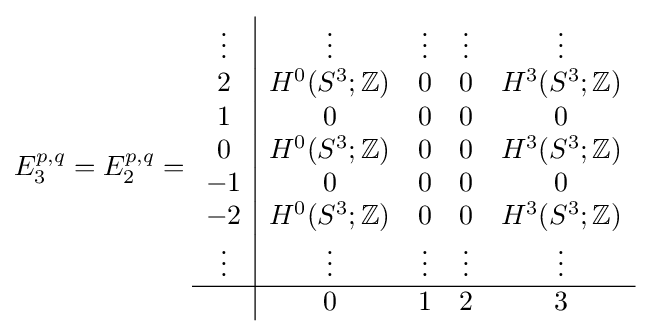
E_{3}^{p,q}=E_{2}^{p,q}={\begin{array}{c|cccc}\vdots &\vdots &\vdots &\vdots &\vdots \\2&H^{0}(S^{3};\mathbb {Z} )&0&0&H^{3}(S^{3};\mathbb {Z} )\\1&0&0&0&0\\0&H^{0}(S^{3};\mathbb {Z} )&0&0&H^{3}(S^{3};\mathbb {Z} )\\-1&0&0&0&0\\-2&H^{0}(S^{3};\mathbb {Z} )&0&0&H^{3}(S^{3};\mathbb {Z} )\\\vdots &\vdots &\vdots &\vdots &\vdots \\\hline &0&1&2&3\end{array}}